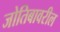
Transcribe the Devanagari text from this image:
जोतिबावरील